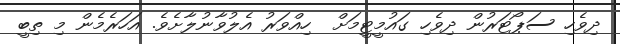
ދިވެހި ސަޕޯޓަރުން ދިވެހި ގައުމީޓީމަށް  ހިއްވަރު އެލުވާނުލާށެވެ. އަހަރެމެން މި ތިބީ